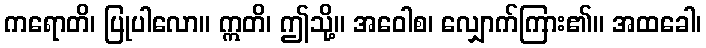
ကရောတိ၊ ပြုပါလော။ ဣတိ၊ ဤသို့။ အဝေါစ၊ လျှောက်ကြား၏။ အထခေါ၊